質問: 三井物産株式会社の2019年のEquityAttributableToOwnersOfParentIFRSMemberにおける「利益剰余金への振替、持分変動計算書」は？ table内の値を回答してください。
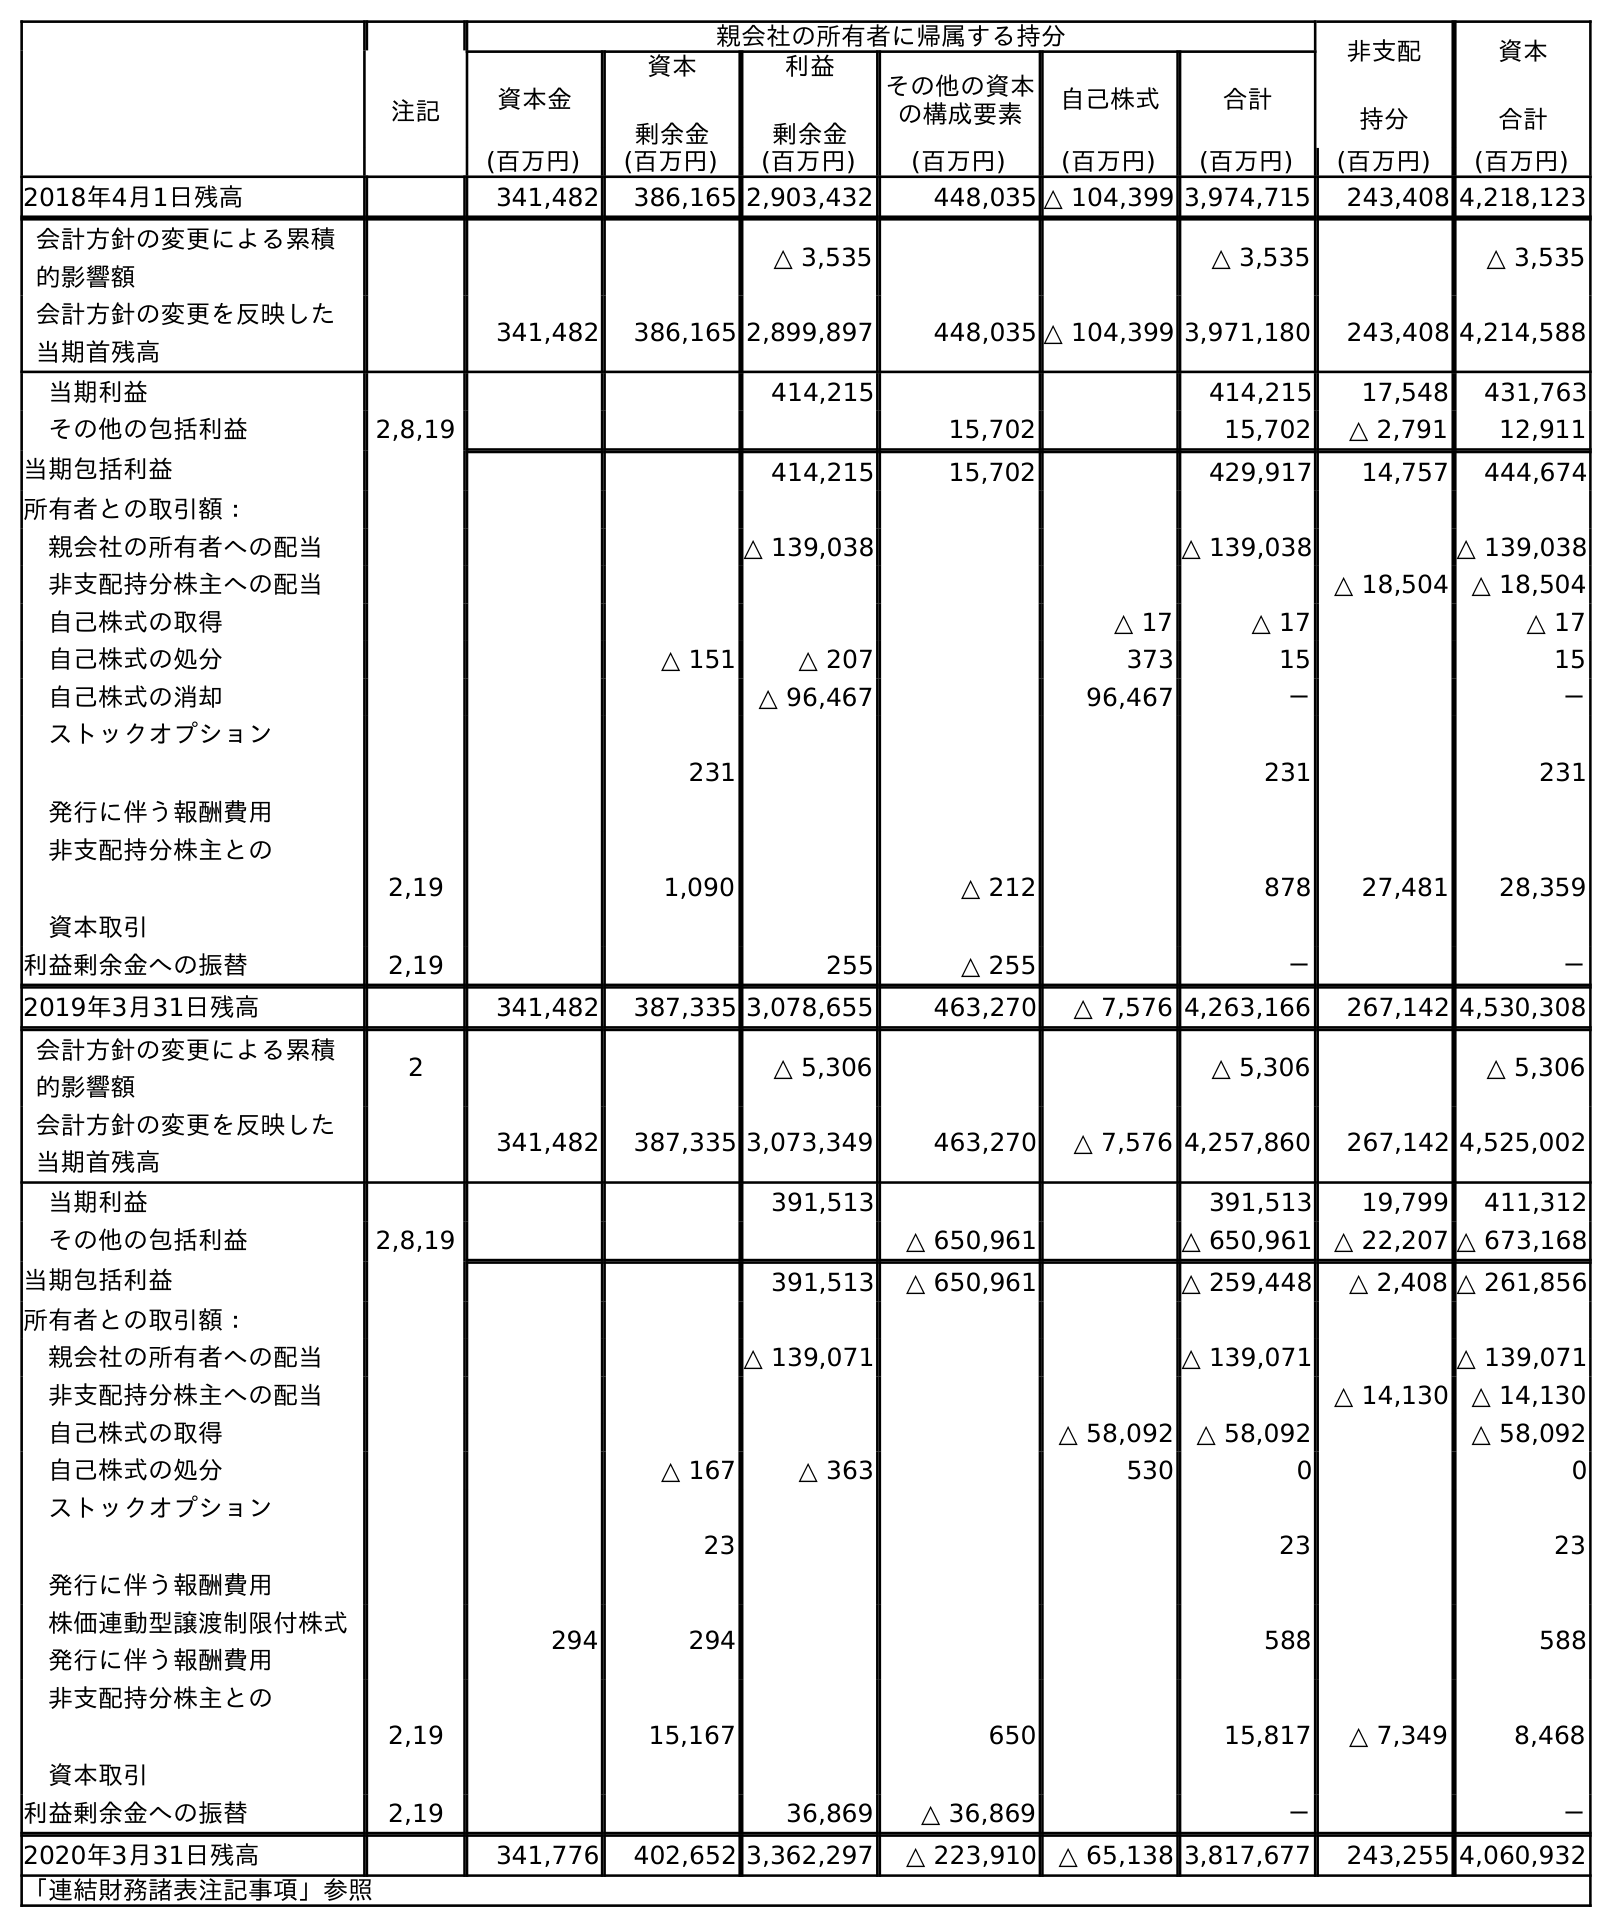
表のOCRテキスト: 親会社の所有者に帰属する持分 非支配 持分 資本 合計 注記 資本金 資本 剰余金 利益 剰余金 その他の資本 の構成要素 自己株式 合計 (百万円) (百万円) (百万円) (百万円) (百万円) (百万円) (百万円) (百万円) 2018年4月1日残高 341,482 386,165 2,903,432 448,035 △ 104,399 3,974,715 243,408 4,218,123 会計方針の変更による累積 的影響額 △ 3,535 △ 3,535 △ 3,535 会計方針の変更を反映した 当期首残高 341,482 386,165 2,899,897 448,035 △ 104,399 3,971,180 243,408 4,214,588 当期利益 414,215 414,215 17,548 431,763 その他の包括利益 2,8,19 15,702 15,702 △ 2,791 12,911 当期包括利益 414,215 15,702 429,917 14,757 444,674 所有者との取引額： 親会社の所有者への配当 △ 139,038 △ 139,038 △ 139,038 非支配持分株主への配当 △ 18,504 △ 18,504 自己株式の取得 △ 17 △ 17 △ 17 自己株式の処分 △ 151 △ 207 373 15 15 自己株式の消却 △ 96,467 96,467 － － ストックオプション 発行に伴う報酬費用 231 231 231 非支配持分株主との 資本取引 2,19 1,090 △ 212 878 27,481 28,359 利益剰余金への振替 2,19 255 △ 255 － － 2019年3月31日残高 341,482 387,335 3,078,655 463,270 △ 7,576 4,263,166 267,142 4,530,308 会計方針の変更による累積 的影響額 2 △ 5,306 △ 5,306 △ 5,306 会計方針の変更を反映した 当期首残高 341,482 387,335 3,073,349 463,270 △ 7,576 4,257,860 267,142 4,525,002 当期利益 391,513 391,513 19,799 411,312 その他の包括利益 2,8,19 △ 650,961 △ 650,961 △ 22,207 △ 673,168 当期包括利益 391,513 △ 650,961 △ 259,448 △ 2,408 △ 261,856 所有者との取引額： 親会社の所有者への配当 △ 139,071 △ 139,071 △ 139,071 非支配持分株主への配当 △ 14,130 △ 14,130 自己株式の取得 △ 58,092 △ 58,092 △ 58,092 自己株式の処分 △ 167 △ 363 530 0 0 ストックオプション 発行に伴う報酬費用 23 23 23 株価連動型譲渡制限付株式 発行に伴う報酬費用 294 294 588 588 非支配持分株主との 資本取引 2,19 15,167 650 15,817 △ 7,349 8,468 利益剰余金への振替 2,19 36,869 △ 36,869 － － 2020年3月31日残高 341,776 402,652 3,362,297 △ 223,910 △ 65,138 3,817,677 243,255 4,060,932 「連結財務諸表注記事項」参照
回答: －